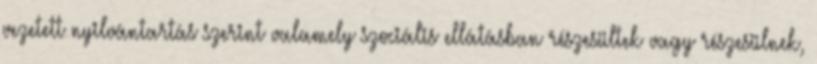
vezetett nyilvántartás szerint valamely szociális ellátásban részesültek vagy részesülnek,